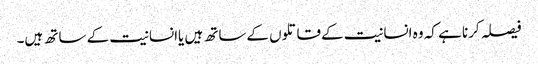
فیصلہ کرنا ہے کہ وہ انسانیت کےقاتلوں کےساتھ ہیں یاانسانیت کے ساتھ ہیں۔